Vaccination North-Western Provinces and Oudh 1878-1895 - 1878-1895
Year: 1878
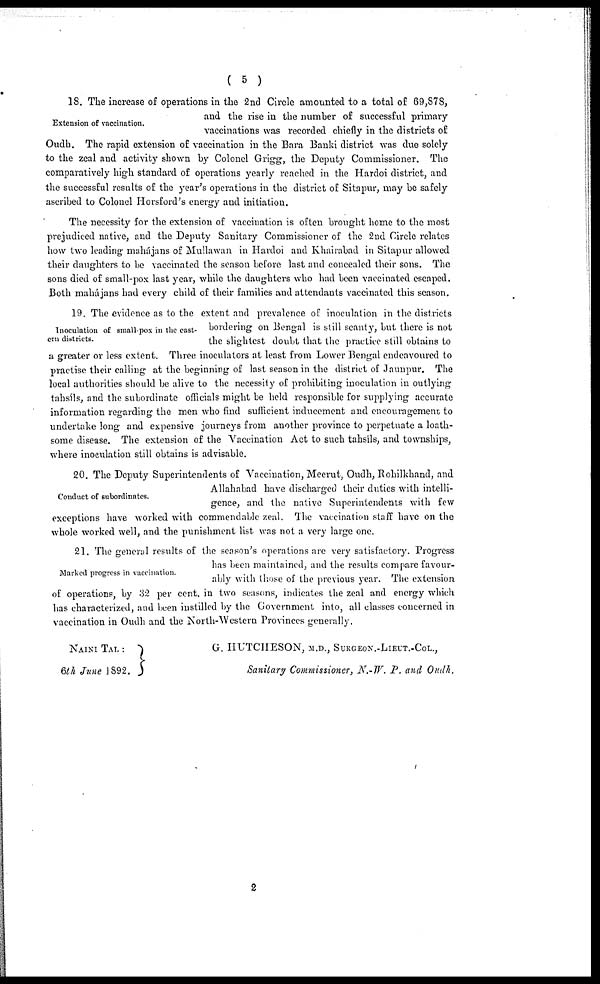
( 5 )
Extension of vaccination.
18. The increase of operations in the 2nd Circle amounted to a total of 69,878,
and the rise in the number of successful primary
vaccinations was recorded chiefly in the districts of
Oudh. The rapid extension of vaccination in the Bara Banki district was due solely
to the zeal and activity shown by Colonel Grigg, the Deputy Commissioner. The
comparatively high standard of operations yearly reached in the Hardoi district, and
the successful results of the year's operations in the district of Sitapur, may be safely
ascribed to Colonel Horsford's energy and initiation.
The necessity for the extension of vaccination is often brought home to the most
prejudiced native, and the Deputy Sanitary Commissioner of the 2nd Circle relates
how two leading mahajans of Mullawan in Hardoi and Khairabad in Sitapur allowed
their daughters to be vaccinated the season before last and concealed their sons. The
sons died of small pox last year, while the daughters who had been vaccinated escaped.
Both mahájans had every child of their families and attendants vaccinated this season.
Inoculation of small-pox in the east-
ern districts.
19. The evidence as to the extent and prevalence of inoculation in the districts
bordering on Bengal is still scanty, but there is not
the slightest doubt that the practice still obtains to
a greater or less extent. Three inoculators at least from Lower Bengal endeavoured to
practise their calling at the beginning of last season in the district of Jaunpur. The
local authorities should be alive to the necessity of prohibiting inoculation in outlying
tahsíls, and the subordinate officials might be held responsible for supplying accurate
information regarding the men who find sufficient inducement and encouragement to
undertake long and expensive journeys from another province to perpetuate a loath-
some disease. The extension of the Vaccination Act to such tahsíls, and townships,
where inoculation still obtains is advisable.
Conduct of subordinates.
20. The Deputy Superintendents of Vaccination, Meerut, Oudh, Rohilkhand, and
Allahabad have discharged their duties with intelli-
gence, and the native Superintendents with few
exceptions have worked with commendable zeal. The vaccination staff have on the
whole worked well, and the punishment list was not a very large one.
Marked progress in vaccination.
21. The general results of the season's operations are very satisfactory. Progress
has been maintained, and the results compare favour-
ably with those of the previous year. The extension
of operations, by 32 per cent. in two seasons, indicates the zeal and energy which
has characterized, and been instilled by the Government into, all classes concerned in
vaccination in Oudh and the North-Western Provinces generally.
NAINI TAL :
6th June 1892.
G. HUTCHESON, M.D., SURGEON.-LIEUT.-COL.,
Sanitary Commissioner, N.-W. P. and Oudh.
2